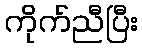
ကိုက်ညီပြီး